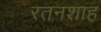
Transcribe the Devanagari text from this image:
रतनशाह